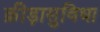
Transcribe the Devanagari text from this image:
क्रीड़ासुविधा